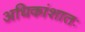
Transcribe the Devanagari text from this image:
अधिकांशातः